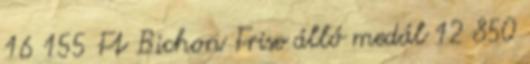
16 155 Ft Bichon Frise álló medál 12 850